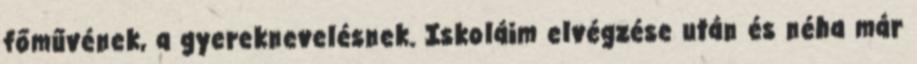
főművének, a gyereknevelésnek. Iskoláim elvégzése után és néha már